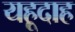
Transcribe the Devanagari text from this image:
यहूदाह